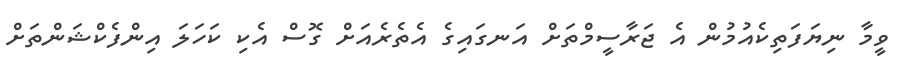
ވީމާ ނިޔަފަތިކެއުމުން އެ ޖަރާސީމްތަށް އަނގައިގެ އެތެރެއަށް ގޮސް އެކި ކަހަލަ އިންފެކްޝަންތަށް